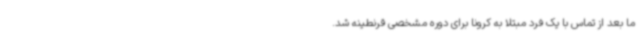
ما بعد از تماس با یک فرد مبتلا به کرونا برای دوره مشخصی قرنطینه شد.